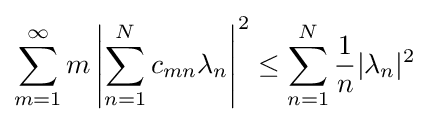
\sum _{m=1}^{\infty }m\left|\sum _{n=1}^{N}c_{mn}\lambda _{n}\right|^{2}\leq \sum _{n=1}^{N}{1 \over n}|\lambda _{n}|^{2}